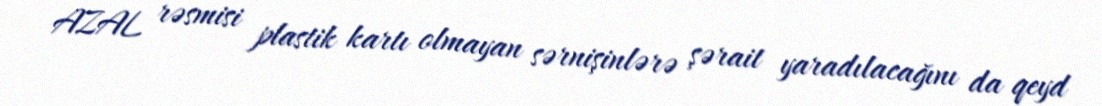
AZAL rəsmisi plastik kartı olmayan sərnişinlərə şərait yaradılacağını da qeyd